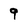
Character: 9